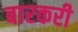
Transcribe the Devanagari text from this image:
बारकरी